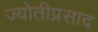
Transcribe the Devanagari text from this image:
ज्योतीप्रसाद